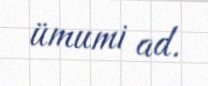
ümumi ad.